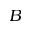
B